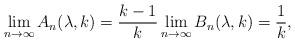
LaTeX: \begin{align*}\lim_{n\rightarrow \infty} A_n(\lambda,k)=\frac{k-1}{k} \lim_{n\rightarrow \infty} B_n(\lambda,k)=\frac{1}{k},\end{align*}